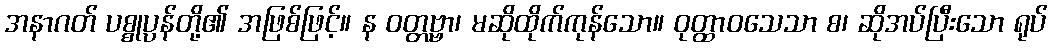
အနာဂတ် ပစ္စုပ္ပန်တို့၏ အဖြစ်ဖြင့်။ န ဝတ္တဗ္ဗာ၊ မဆိုထိုက်ကုန်သော။ ဝုတ္ထာဝသေသာ စ၊ ဆိုအပ်ပြီးသော ရုပ်